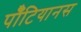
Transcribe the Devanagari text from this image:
पॉँटियानस